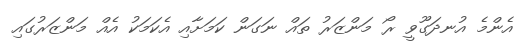
އެންމެ އުނދަގޫވީ ރޯ މަންޒަރު ތައް ނަގަން ކަމަށާއި އެކަމަކު އެއް މަންޒަރުގައި